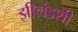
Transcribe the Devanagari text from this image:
झीलंडशी